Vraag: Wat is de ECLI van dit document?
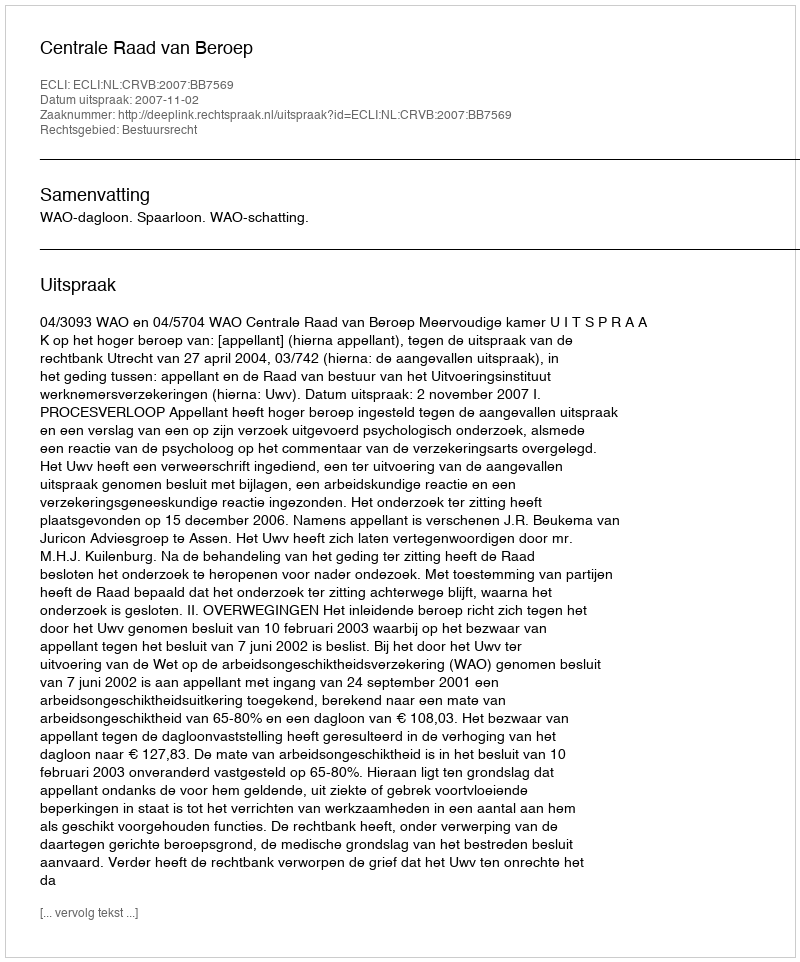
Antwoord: ECLI:NL:CRVB:2007:BB7569